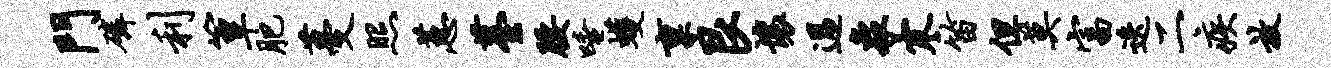
门磷利簟肥蔓照蕙薹腰唾蠖禀艮壤过象寒笛但莫富迭二疾放